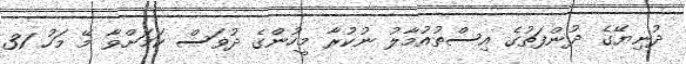
ދުނިޔޭގެ ދުންފަތުގެ އިސްތުއުމާލު ނުކުރާ މީހުންގެ ދުވަސް ކަމަށްވާ މޭ މަހު 31